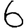
Digit: 6